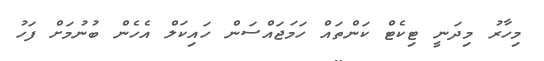
މިހާރު މިދަނީ ޓިކެޓް ކަންތައް ހަމަޖައްސަން ހައިކަލް އެހެން ބުނުމަށް ފަހު